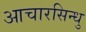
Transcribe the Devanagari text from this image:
आचारसिन्धु